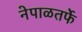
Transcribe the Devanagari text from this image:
नेपाळतर्फे